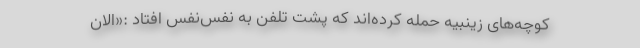
کوچه‌های زینبیه حمله کرده‌اند که پشت تلفن به نفس‌نفس افتاد :«الان